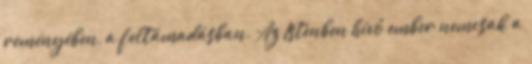
reményében, a feltámadásban. Az Istenben hívő ember nemcsak a